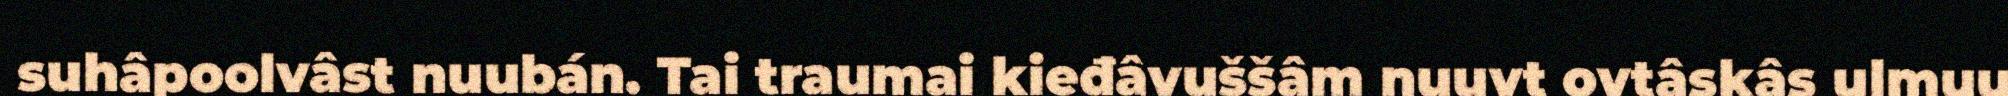
suhâpoolvâst nuubán. Tai traumai kieđâvuššâm nuuvt ovtâskâs ulmuu